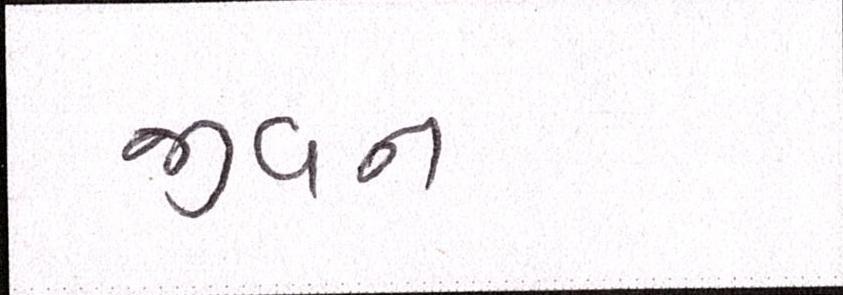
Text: જીવન